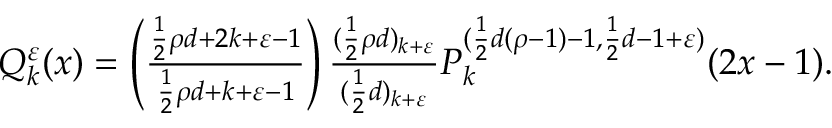
\begin{array} { r } { Q _ { k } ^ { \varepsilon } ( x ) = \left( \frac { \frac { 1 } { 2 } \rho d + 2 k + \varepsilon - 1 } { \frac { 1 } { 2 } \rho d + k + \varepsilon - 1 } \right) \frac { ( \frac { 1 } { 2 } \rho d ) _ { k + \varepsilon } } { ( \frac { 1 } { 2 } d ) _ { k + \varepsilon } } P _ { k } ^ { ( \frac { 1 } { 2 } d ( \rho - 1 ) - 1 , \frac { 1 } { 2 } d - 1 + \varepsilon ) } ( 2 x - 1 ) . } \end{array}